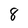
Character: 8